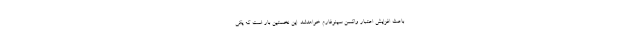
باعث افزایش اعتبار واکسن سینوفارم خواهدشد. این نخستین بار است که یکی